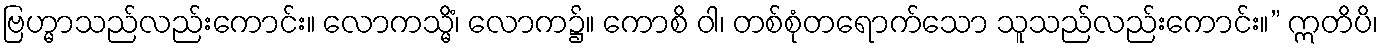
ဗြဟ္မာသည်လည်းကောင်း။ လောကသ္မိံ၊ လောက၌။ ကောစိ ဝါ၊ တစ်စုံတရောက်သော သူသည်လည်းကောင်း။” ဣတိပိ၊